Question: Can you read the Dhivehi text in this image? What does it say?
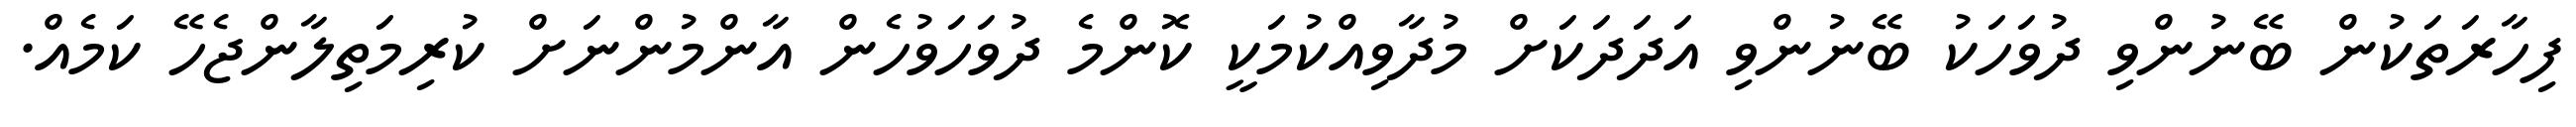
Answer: ފިހާރަތަކުން ބޭނުންވި ދުވަހަކު ބޭނުންވި އަދަދަކަށް މުދާވިއްކުމަކީ ކޮންމެ ދުވަހަވުހެން އާންމުންނަށް ކުރިމަތިލާންޖެހޭ ކަމެއް.